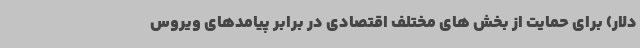
دلار) برای حمایت از بخش های مختلف اقتصادی در برابر پیامدهای ویروس